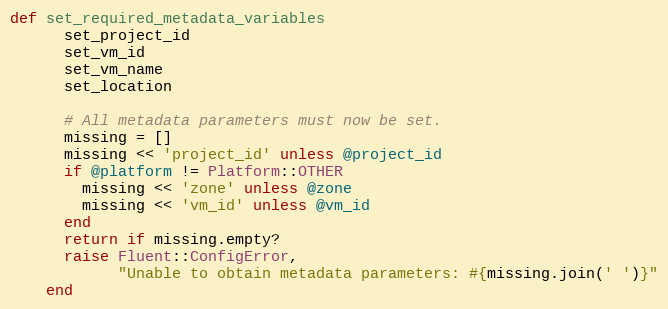
Language: Ruby
def set_required_metadata_variables
      set_project_id
      set_vm_id
      set_vm_name
      set_location

      # All metadata parameters must now be set.
      missing = []
      missing << 'project_id' unless @project_id
      if @platform != Platform::OTHER
        missing << 'zone' unless @zone
        missing << 'vm_id' unless @vm_id
      end
      return if missing.empty?
      raise Fluent::ConfigError,
            "Unable to obtain metadata parameters: #{missing.join(' ')}"
    end